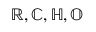
\mathbb { R , C , H , O }